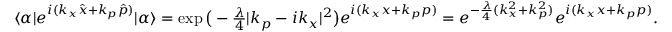
\begin{array} { r } { \langle \alpha | e ^ { i ( k _ { x } \hat { x } + k _ { p } \hat { p } ) } | \alpha \rangle = \exp \big ( - \frac { \lambda } { 4 } | k _ { p } - i k _ { x } | ^ { 2 } \big ) e ^ { i ( k _ { x } x + k _ { p } p ) } = e ^ { - \frac { \lambda } { 4 } ( k _ { x } ^ { 2 } + k _ { p } ^ { 2 } ) } e ^ { i ( k _ { x } x + k _ { p } p ) } . } \end{array}